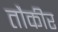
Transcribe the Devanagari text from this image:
तौकीर